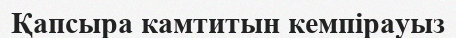
Қапсыра камтитын кемпірауыз